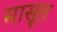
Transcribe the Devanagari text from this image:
मासूत